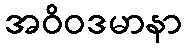
အဝိဝဒမာနာ